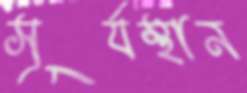
সূর্যস্থান